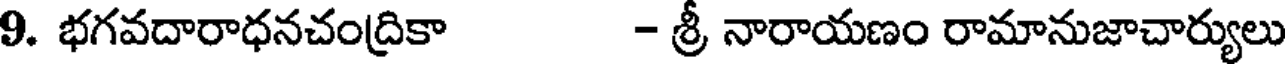
9. భగవదారాధనచంద్రికా - శ్రీ నారాయణం రామానుజాచార్యులు